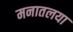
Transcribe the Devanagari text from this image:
मनातलया